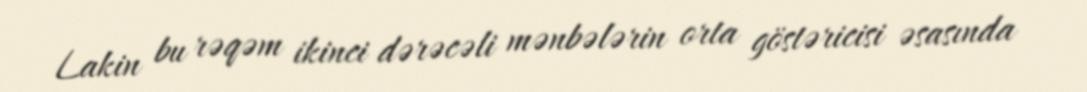
Lakin bu rəqəm ikinci dərəcəli mənbələrin orta göstəricisi əsasında